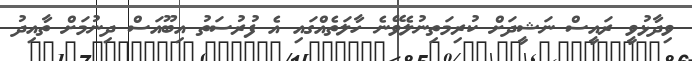
ވިދާޅުވީ ރައީސް ނަޝީދަށް ކުރިމަތިނުލެވޭނެ ހާލަތެއްގައި އެ ފުރުސަތު އިބޫއަސް ދިނުމަށް ތާއިދު